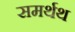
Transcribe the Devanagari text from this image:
समर्थथ